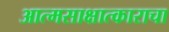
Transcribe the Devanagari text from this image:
आत्मसाक्षात्काराचा